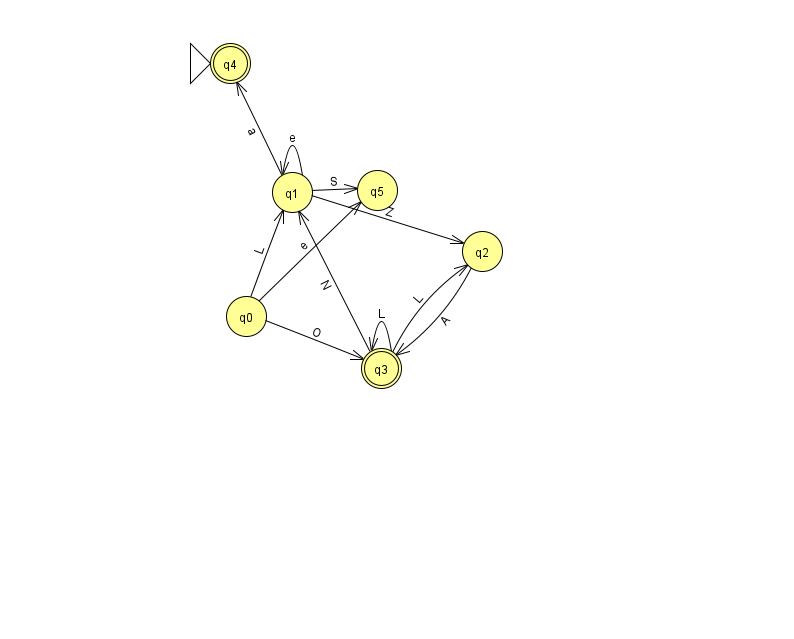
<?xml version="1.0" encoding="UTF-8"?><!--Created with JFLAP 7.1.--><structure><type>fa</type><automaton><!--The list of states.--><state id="0" name="q0"><x>246.0</x><y>303.0</y></state><state id="1" name="q1"><x>292.0</x><y>179.0</y></state><state id="2" name="q2"><x>482.0</x><y>238.0</y></state><state id="3" name="q3"><x>381.0</x><y>355.0</y><final/></state><state id="4" name="q4"><x>230.0</x><y>50.0</y><initial/><final/></state><state id="5" name="q5"><x>377.0</x><y>177.0</y></state><!--The list of transitions.--><transition><from>0</from><to>1</to><read>L</read></transition><transition><from>0</from><to>5</to><read>e</read></transition><transition><from>2</from><to>3</to><read>A</read></transition><transition><from>0</from><to>3</to><read>O</read></transition><transition><from>1</from><to>1</to><read>e</read></transition><transition><from>1</from><to>5</to><read>S</read></transition><transition><from>1</from><to>4</to><read>a</read></transition><transition><from>3</from><to>1</to><read>N</read></transition><transition><from>3</from><to>3</to><read>L</read></transition><transition><from>1</from><to>2</to><read>Z</read></transition><transition><from>3</from><to>2</to><read>L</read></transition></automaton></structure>